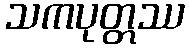
သကပုတ္တဿ